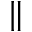
\Vert